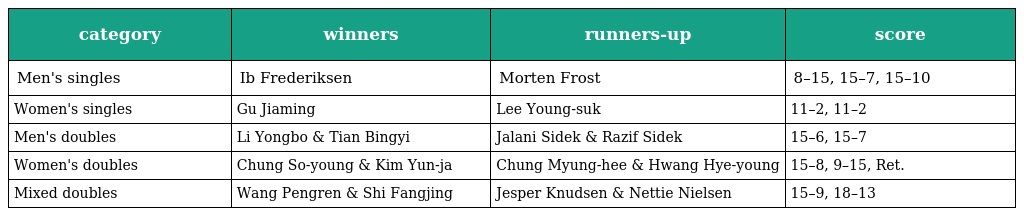
| category | winners | runners-up | score |
 | --- | --- | --- | --- |
 | Men's singles | Ib Frederiksen | Morten Frost | 8–15, 15–7, 15–10 |
 | Women's singles | Gu Jiaming | Lee Young-suk | 11–2, 11–2 |
 | Men's doubles | Li Yongbo & Tian Bingyi | Jalani Sidek & Razif Sidek | 15–6, 15–7 |
 | Women's doubles | Chung So-young & Kim Yun-ja | Chung Myung-hee & Hwang Hye-young | 15–8, 9–15, Ret. |
 | Mixed doubles | Wang Pengren & Shi Fangjing | Jesper Knudsen & Nettie Nielsen | 15–9, 18–13 |